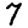
Digit: 7